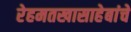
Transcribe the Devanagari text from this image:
रेहमतखासाहेबांचे